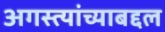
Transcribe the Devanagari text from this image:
अगस्त्यांच्याबद्दल